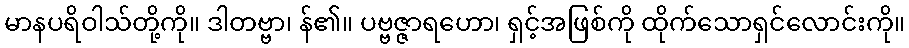
မာနပရိဝါသ်တို့ကို။ ဒါတဗ္ဗာ၊ န်၏။ ပဗ္ဗဇ္ဇာရဟော၊ ရှင့်အဖြစ်ကို ထိုက်သောရှင်လောင်းကို။